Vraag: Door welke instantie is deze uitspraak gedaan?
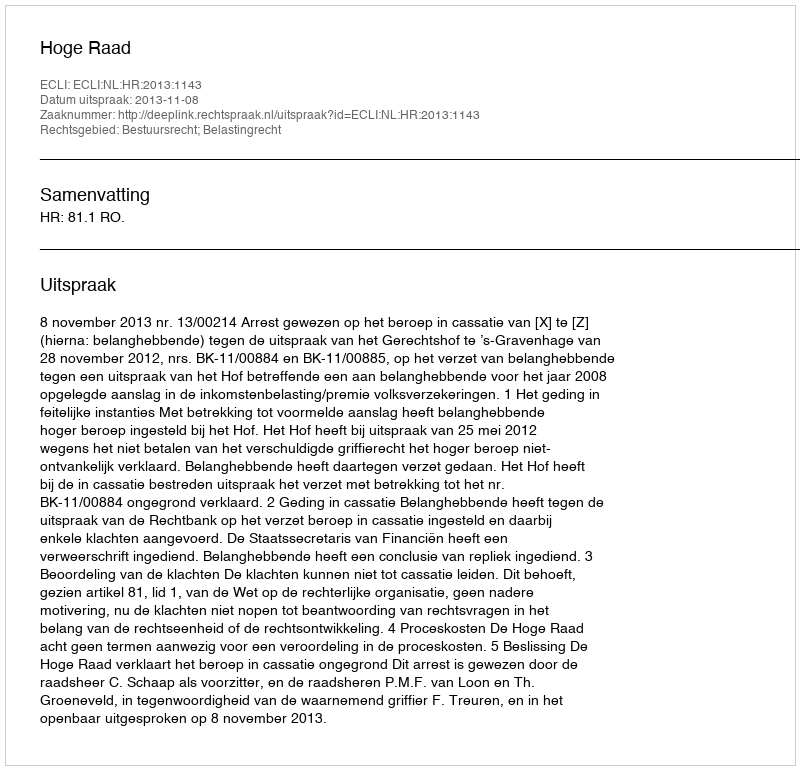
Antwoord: Hoge Raad